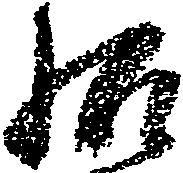
給